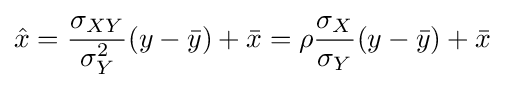
{\hat {x}}={\frac {\sigma _{XY}}{\sigma _{Y}^{2}}}(y-{\bar {y}})+{\bar {x}}=\rho {\frac {\sigma _{X}}{\sigma _{Y}}}(y-{\bar {y}})+{\bar {x}}